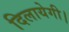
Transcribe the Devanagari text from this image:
दिलायेगी।